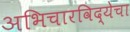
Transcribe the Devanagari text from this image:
अभिचारविद्येचा